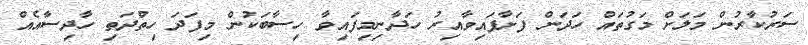
ސަރުކާރުން މަލަށް މަގުތައް ހަދަން ފަށާފައިވާއިރު ހަދާނިމިފައިވާ ހިސާބަކުން މިފަދަ ހިތްދަތި ހާދިސާއެއް